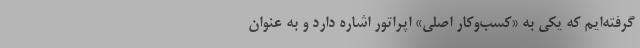
گرفته‌ایم که یکی به «کسب‌وکار اصلی» اپراتور اشاره دارد و به عنوان